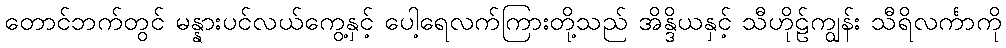
တောင်ဘက်တွင် မန္နားပင်လယ်ကွေ့နှင့် ပေါ့ရေလက်ကြားတို့သည် အိန္ဒိယနှင့် သီဟိုဠ်ကျွန်း သီရိလင်္ကာကို